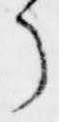
了